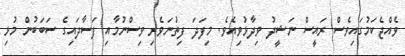
ވެއްޖެކަމުގައިވެސް ރައީސް ނަޝީދު ވިދާޅުވިއެވެ. މިފަދަ ފިތުނަވެރި ވިސްނުމާއި ފަސާދައިގެ ސަބަބުން މުޅި